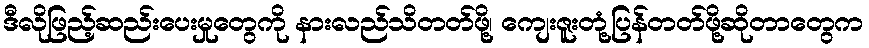
ဒီလိုဖြည့်ဆည်းပေးမှုတွေကို နားလည်သိတတ်ဖို့၊ ကျေးဇူးတုံ့ပြန်တတ်ဖို့ဆိုတာတွေက